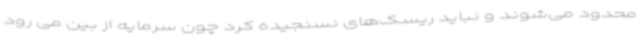
محدود می‌شوند و نباید ریسک‌های نسنجیده کرد چون سرمایه از بین می رود